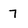
Character: 7